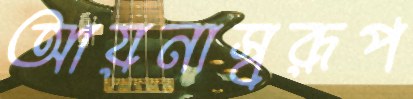
আয়নাস্বরূপ